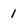
Character: 1